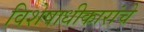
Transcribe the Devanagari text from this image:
विशेषाधीकारांचे